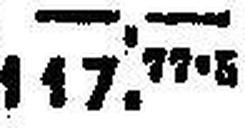
177.77.5